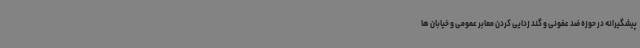
پیشگیرانه در حوزه ضد عفونی و گند زدایی کردن معابر عمومی و خیابان ها